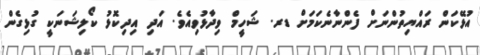
އުޅޭކަން ރައްޔިތުންނަށް ފެންނާނެކަމަށް ޑރ. ޝަހީމް ވިދާޅުވިއެވެ. އަދި އިދިކޮޅު ކޯލިޝަނަކީ ގުޅިގެން